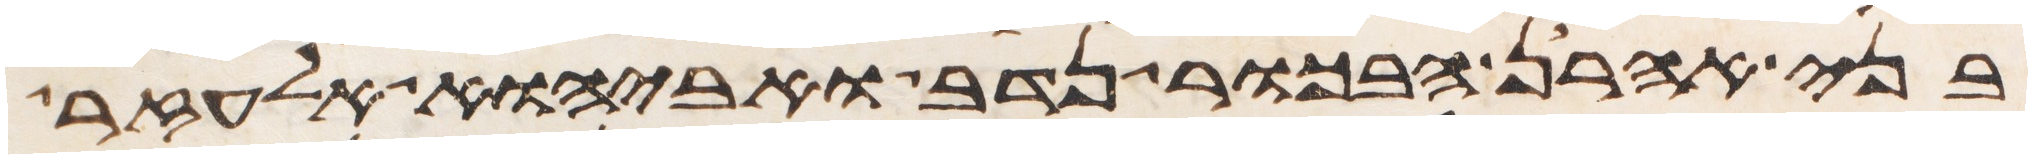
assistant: בני אהרן הבכור נדב ואביהוא אלעזר